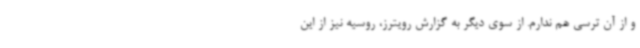
و از آن ترسی هم ندارم. از سوی دیگر به گزارش رویترز، روسیه نیز از این